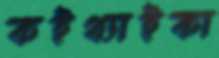
কইথ্যাইকা